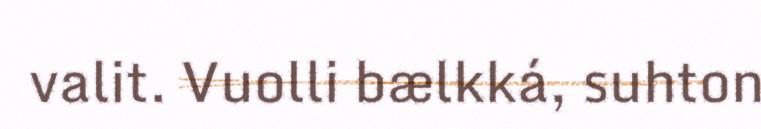
valit. Vuolli bælkká, suhton